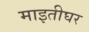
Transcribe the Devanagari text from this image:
माइतीघर